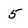
Character: 5